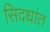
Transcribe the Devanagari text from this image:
सिदधांत